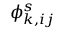
\phi _ { k , i j } ^ { s }